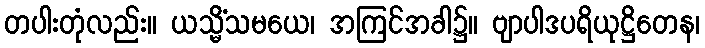
တပါးတုံလည်း။ ယသ္မိံသမယေ၊ အကြင်အခါ၌။ ဗျာပါဒပရိယုဋ္ဌိတေန၊